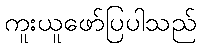
ကူးယူဖော်ပြပါသည်